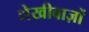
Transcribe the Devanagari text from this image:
शेख़ीबाज़ों